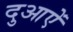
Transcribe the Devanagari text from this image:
दुआऐं